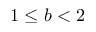
1 \leq b < 2